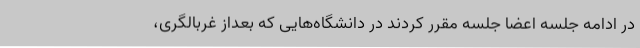
در ادامه جلسه اعضا جلسه مقرر کردند در دانشگاه‌هایی که بعداز غربالگری،